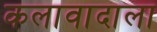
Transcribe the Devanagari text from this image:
कलावादाला